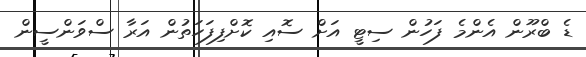
ޑެ ބްރޫން އެންމެ ފަހުން ސިޓީ އަށް ސޮއި ކޮށްފިފަހަތުން އަރާ ސްވަންސީން